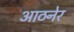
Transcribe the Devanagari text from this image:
आठनेर